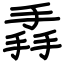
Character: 掱